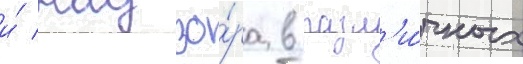
и́ надзо́ра в разл'и́чных